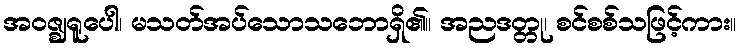
အဝဇ္ဈရူပေါ၊ မသတ်အပ်သောသဘောရှိ၏။ အညဒတ္တု၊ စင်စစ်သဖြင့်ကား။